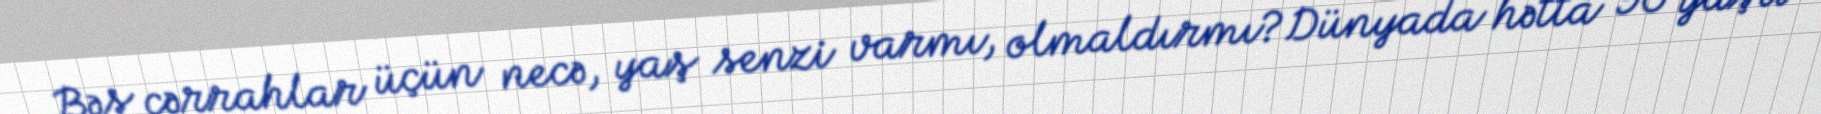
Bəs cərrahlar üçün necə, yaş senzi varmı, olmaldırmı?Dünyada hətta 90 yaşlı